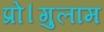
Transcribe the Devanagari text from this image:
प्रो।गुलाम